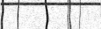
٢٤